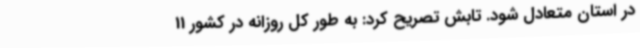
در استان متعادل شود. تابش تصریح کرد: به طور کل روزانه در کشور 11